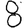
Digit: 8